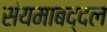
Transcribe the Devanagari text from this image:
संयमाबद्दल